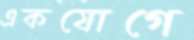
একযোগে